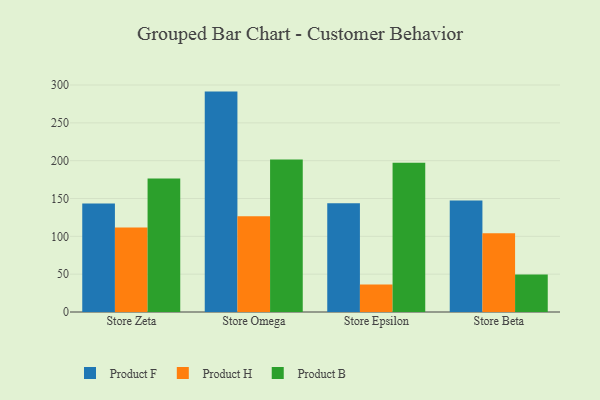
{"axis": {"x": "Store", "y": "Churn Rate (%)"}, "legend": ["Product B", "Product F", "Product H"], "data": [{"x": "Store Zeta", "y": 143.5, "type": "Product F"}, {"x": "Store Zeta", "y": 111.7, "type": "Product H"}, {"x": "Store Zeta", "y": 176.6, "type": "Product B"}, {"x": "Store Omega", "y": 291.3, "type": "Product F"}, {"x": "Store Omega", "y": 126.4, "type": "Product H"}, {"x": "Store Omega", "y": 201.7, "type": "Product B"}, {"x": "Store Epsilon", "y": 143.6, "type": "Product F"}, {"x": "Store Epsilon", "y": 36.5, "type": "Product H"}, {"x": "Store Epsilon", "y": 197.3, "type": "Product B"}, {"x": "Store Beta", "y": 147.3, "type": "Product F"}, {"x": "Store Beta", "y": 104.1, "type": "Product H"}, {"x": "Store Beta", "y": 49.7, "type": "Product B"}]}